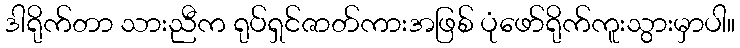
ဒါရိုက်တာ သားညီက ရုပ်ရှင်ဇာတ်ကားအဖြစ် ပုံဖော်ရိုက်ကူးသွားမှာပါ။